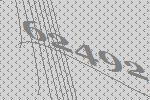
62492